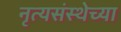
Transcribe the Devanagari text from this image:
नृत्यसंस्थेच्या